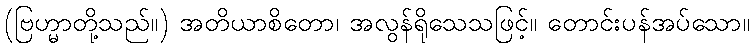
(ဗြဟ္မာတို့သည်။) အတိယာစိတော၊ အလွန်ရိုသေသဖြင့်။ တောင်းပန်အပ်သော။